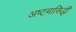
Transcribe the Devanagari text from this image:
अष्टमासिद्धी